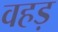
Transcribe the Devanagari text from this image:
वहड़